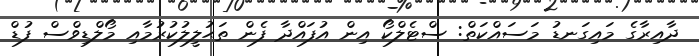
ދާއިރާގެ މައިގަނޑު މަސައްކަތް: ސްޓެލްކޯ އިން އުފައްދާ ފެން ތަޙުލީލުކުރުމާއި މޯލްޑިވްސް ފުޑް